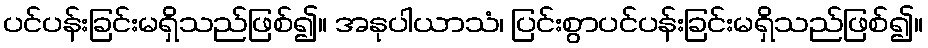
ပင်ပန်းခြင်းမရှိသည်ဖြစ်၍။ အနုပါယာသံ၊ ပြင်းစွာပင်ပန်းခြင်းမရှိသည်ဖြစ်၍။